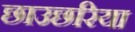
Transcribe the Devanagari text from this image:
छाउछरिया